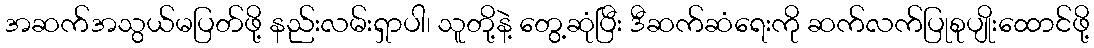
အဆက်အသွယ်မပြတ်ဖို့ နည်းလမ်းရှာပါ၊ သူတို့နဲ့ တွေ့ဆုံပြီး ဒီဆက်ဆံရေးကို ဆက်လက်ပြုစုပျိုးထောင်ဖို့